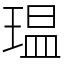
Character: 瑥